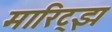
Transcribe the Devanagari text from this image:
मारिट्झ